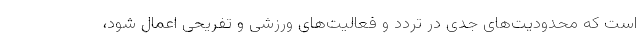
است که محدودیت‌های جدی در تردد و فعالیت‌های ورزشی و تفریحی اعمال شود،